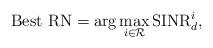
LaTeX: \begin{align*}{\textrm{Best RN}} = \arg \mathop {\max }\limits_{i \in {\cal{R}}} {\textrm{SINR}}_d^i ,\end{align*}